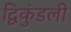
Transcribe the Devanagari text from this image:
द्विकुंडली